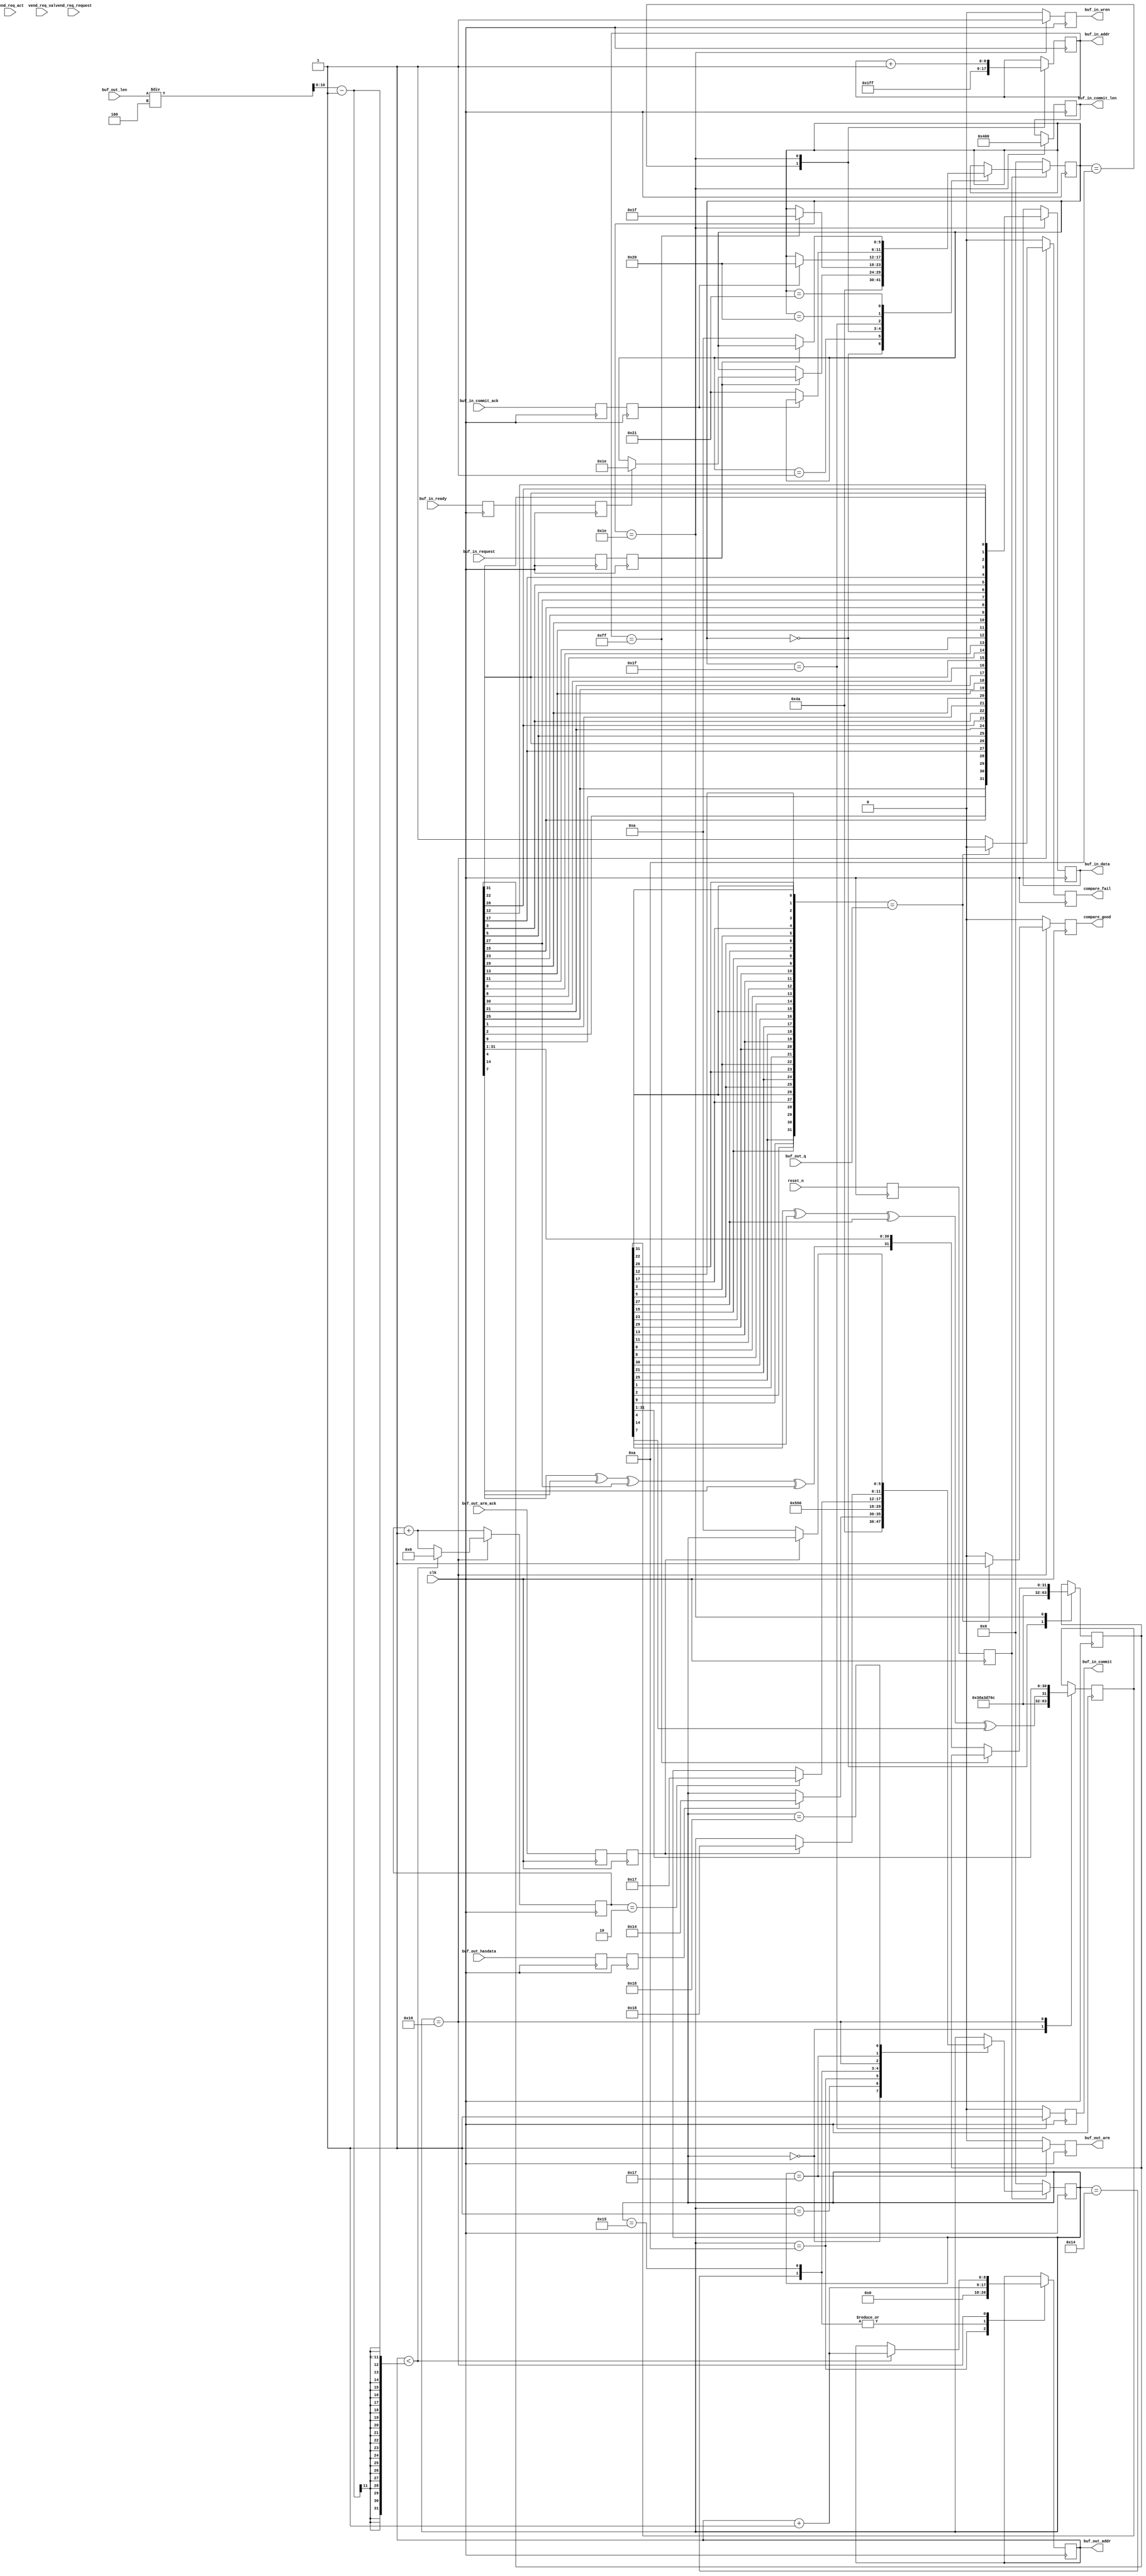

//
// lfsr source/sink for testing
//
// Copyright (c) 2014 Marshall H.
// All rights reserved.
// This code is released under the terms of the simplified BSD license. 
// See LICENSE.TXT for details.
//

module io_lfsr (

// top-level interface
input	wire			clk,
input	wire			reset_n,

// interface to usb
output	reg		[8:0]	buf_in_addr,
output	reg		[31:0]	buf_in_data,
output	reg				buf_in_wren,
input	wire			buf_in_request,
input	wire			buf_in_ready,
output	reg				buf_in_commit,
output	reg		[10:0]	buf_in_commit_len,
input	wire			buf_in_commit_ack,

output	reg		[8:0]	buf_out_addr,
input	wire	[31:0]	buf_out_q,
input	wire	[10:0]	buf_out_len,
input	wire			buf_out_hasdata,
output	reg				buf_out_arm,
input	wire			buf_out_arm_ack,

input	wire			vend_req_act,
input	wire	[7:0]	vend_req_request,
input	wire	[15:0]	vend_req_val,		

output	reg				compare_good,
output	reg				compare_fail
);

	reg		[5:0]	rx_state;
	reg		[5:0]	tx_state;
	
	parameter [5:0]	ST_RST_0		= 6'd0,
					ST_RST_1		= 6'd1,
					ST_IDLE			= 6'd10,
					ST_RECV_0		= 6'd20,
					ST_RECV_1		= 6'd21,
					ST_RECV_2		= 6'd22,
					ST_RECV_3		= 6'd23,
					ST_RECV_4		= 6'd24,
					ST_RECV_5		= 6'd25,
					ST_SEND_0		= 6'd30,
					ST_SEND_1		= 6'd31,
					ST_SEND_2		= 6'd32,
					ST_SEND_3		= 6'd33,
					ST_SEND_4		= 6'd34,
					ST_SEND_5		= 6'd35;
					
	reg		[31:0]	tx_lfsr;
	reg		[31:0]	rx_lfsr;
	
	wire	[10:0]	buf_out_word_len = buf_out_len / 4; // TODO round up, not down
	reg 			reset_1, reset_2;
	reg				vend_req_act_1, vend_req_act_2;
	reg				buf_in_request_1, buf_in_request_2;
	reg				buf_in_ready_1, buf_in_ready_2;
	reg				buf_in_commit_ack_1, buf_in_commit_ack_2;
	reg				buf_out_hasdata_1, buf_out_hasdata_2;
	reg				buf_out_arm_ack_1, buf_out_arm_ack_2;
	reg		[24:0]	dc;

parameter	[31:0]	lfsr_start	= 32'h38A3D76C;
	wire	[31:0]	tx_lfsr_	= {	tx_lfsr[27], tx_lfsr[ 5], tx_lfsr[ 3], tx_lfsr[17], tx_lfsr[12], tx_lfsr[26], tx_lfsr[22], tx_lfsr[31], 
									tx_lfsr[22], tx_lfsr[ 8], tx_lfsr[ 0], tx_lfsr[11], tx_lfsr[13], tx_lfsr[29], tx_lfsr[23], tx_lfsr[15], 
									tx_lfsr[26], tx_lfsr[ 3], tx_lfsr[ 1], tx_lfsr[29], tx_lfsr[13], tx_lfsr[25], tx_lfsr[21], tx_lfsr[30], 
									tx_lfsr[25], tx_lfsr[ 9], tx_lfsr[ 2], tx_lfsr[15], tx_lfsr[17], tx_lfsr[22], tx_lfsr[ 5], tx_lfsr[21] } ;
									
	wire	[31:0]	rx_lfsr_	= {	rx_lfsr[27], rx_lfsr[ 5], rx_lfsr[ 3], rx_lfsr[17], rx_lfsr[12], rx_lfsr[26], rx_lfsr[22], rx_lfsr[31], 
									rx_lfsr[22], rx_lfsr[ 8], rx_lfsr[ 0], rx_lfsr[11], rx_lfsr[13], rx_lfsr[29], rx_lfsr[23], rx_lfsr[15], 
									rx_lfsr[26], rx_lfsr[ 3], rx_lfsr[ 1], rx_lfsr[29], rx_lfsr[13], rx_lfsr[25], rx_lfsr[21], rx_lfsr[30], 
									rx_lfsr[25], rx_lfsr[ 9], rx_lfsr[ 2], rx_lfsr[15], rx_lfsr[17], rx_lfsr[22], rx_lfsr[ 5], rx_lfsr[21] } ;
	// endian swap (faster here than on PC)
	wire	[31:0]	tx_lfsr_out = {	tx_lfsr_[7:0], tx_lfsr_[15:8], tx_lfsr_[23:16], tx_lfsr_[31:24] } /* synthesis keep */;
	wire	[31:0]	rx_lfsr_out = {	rx_lfsr_[7:0], rx_lfsr_[15:8], rx_lfsr_[23:16], rx_lfsr_[31:24] } /* synthesis keep */;
	
	
always @(posedge clk) begin
	{reset_2, reset_1} <= {reset_1, reset_n};
	{vend_req_act_2, vend_req_act_1} <= {vend_req_act_1, vend_req_act};
	{buf_in_request_2, buf_in_request_1} <= {buf_in_request_1, buf_in_request};
	{buf_in_ready_2, buf_in_ready_1} <= {buf_in_ready_1, buf_in_ready};
	{buf_in_commit_ack_2, buf_in_commit_ack_1} <= {buf_in_commit_ack_1, buf_in_commit_ack};
	{buf_out_hasdata_2, buf_out_hasdata_1} <= {buf_out_hasdata_1, buf_out_hasdata};
	{buf_out_arm_ack_2, buf_out_arm_ack_1} <= {buf_out_arm_ack_1, buf_out_arm_ack};
	
	dc <= dc + 1'b1;

	buf_in_commit <= 0;
	buf_in_wren <= 0;
	buf_out_arm <= 0;
	
	compare_good <= 0;
	compare_fail <= 0;
	
	case(rx_state)
	ST_RST_0: begin
		rx_lfsr <= lfsr_start;
		rx_state <= ST_RST_1;
	end
	ST_RST_1: begin
		rx_state <= ST_IDLE;
	end
	ST_IDLE: begin
		buf_out_addr <= 0;
		
		// incoming data
		if(buf_out_hasdata_2) begin
			rx_state <= ST_RECV_0;
		end
	end
	
	ST_RECV_0: begin
		// 1cycle delay to account for registered BRAM output
		buf_out_addr <= buf_out_addr + 1'b1;
		rx_state <= ST_RECV_1;
	end
	ST_RECV_1: begin
		// 1cycle delay to account for registered BRAM output
		buf_out_addr <= buf_out_addr + 1'b1;
		rx_state <= ST_RECV_2;
		
	end
	ST_RECV_2: begin	
		// increment address except on last cycle
		if(buf_out_addr < buf_out_word_len-1) begin
			buf_out_addr <= buf_out_addr + 1'b1;
			dc <= 0;
		end
		
		if(rx_lfsr_out == buf_out_q)
			compare_good <= 1; 
		else 
			compare_fail <= 1;
		
		// advance lfsr
		rx_lfsr <= {rx_lfsr[4] ^ rx_lfsr[14] ^ rx_lfsr[27] ^ rx_lfsr[7], rx_lfsr[31:1]};
		
		// hack to keep processing after stalled address increment
		if(dc == 2) rx_state <= ST_RECV_3;
	end
	ST_RECV_3: begin
		buf_out_arm <= 1;
		if(buf_out_arm_ack_2) rx_state <= ST_RECV_4;
	end
	ST_RECV_4: begin
		if(~buf_out_arm_ack_2) rx_state <= ST_IDLE;
	end	
	endcase

	
	case(tx_state)
	ST_RST_0: begin
		tx_lfsr <= lfsr_start;
		tx_state <= ST_RST_1;
	end
	ST_RST_1: begin
		tx_state <= ST_IDLE;
	end
	ST_IDLE: begin
		buf_in_addr <= -1;
		
		// host wants data, so send
		if(buf_in_request_2) begin
			if(buf_in_ready_2) tx_state <= ST_SEND_0;
		end
	end
	ST_SEND_0: begin
		buf_in_data <= tx_lfsr_out;
		buf_in_wren <= 1;
		buf_in_commit_len <= 1024;
		buf_in_addr <= buf_in_addr + 1'b1;
		
		if(buf_in_addr == 255) begin
			// commit
			tx_state <= ST_SEND_1;
		end else begin
			// advance lfsr
			tx_lfsr <= {tx_lfsr[4] ^ tx_lfsr[14] ^ tx_lfsr[27] ^ tx_lfsr[7], tx_lfsr[31:1]};
		end
	end
	ST_SEND_1: begin
		buf_in_commit <= 1;
		if(buf_in_commit_ack_2) begin
			tx_state <= ST_SEND_2;
		end
	end
	ST_SEND_2: begin
		if(~buf_in_commit_ack_2) begin
			tx_state <= ST_SEND_3;
		end
	end
	ST_SEND_3: begin
		if(~buf_in_request_2) begin
			tx_state <= ST_IDLE;
		end
	end
	endcase
	
	
	if(~reset_2) begin
		// reset
		rx_state <= 0;
		tx_state <= 0;
	end
end

endmodule